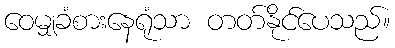
ဝေမျှခံစားနေရုံသာ တတ်နိုင်ပေသည်။